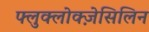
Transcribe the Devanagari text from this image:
फ्लुक्लोक्ज़ेसिलिन